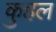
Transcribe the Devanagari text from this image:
कुहल